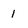
Character: 1